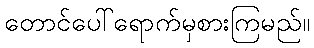
တောင်ပေါ်ရောက်မှစားကြမည်။